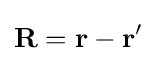
\mathbf {R} =\mathbf {r} -\mathbf {r} '